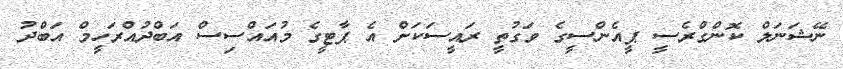
ނޭޝަނަލް ކޮންގްރެސީ ޕީއެންސީގެ ވަގުތީ ރައީސަކަށް އެ ޕާޓީގެ މުއައްސިސް އަބްދުއްރަހީމް އަބްދު